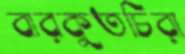
বারকুতচিরা